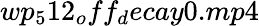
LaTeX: wp_{5}12_{o}ff_{d}ecay0.mp4